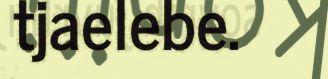
tjaelebe.